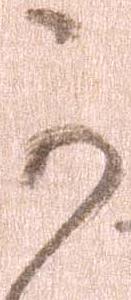
可